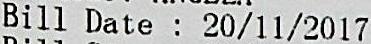
BILL DATE : 20/11/2017